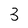
Character: 3